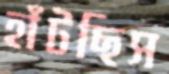
হাঁটছিস